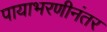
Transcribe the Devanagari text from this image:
पायाभरणीनंतर